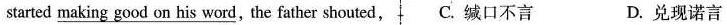
started \underline{making good on his word}，the father shouted, C.缄口不言 D.兑现诺言